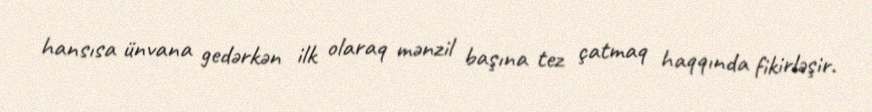
hansısa ünvana gedərkən ilk olaraq mənzil başına tez çatmaq haqqında fikirləşir.